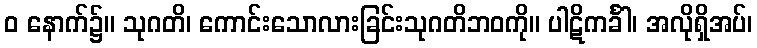
ဝ နောက်၌။ သုဂတိ၊ ကောင်းသောလားခြင်းသုဂတိဘဝကို။ ပါဋိကင်္ခါ၊ အလိုရှိအပ်၊